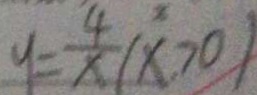
y = \frac { 4 } { x } ( x > 0 )